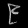
Digit: ၉